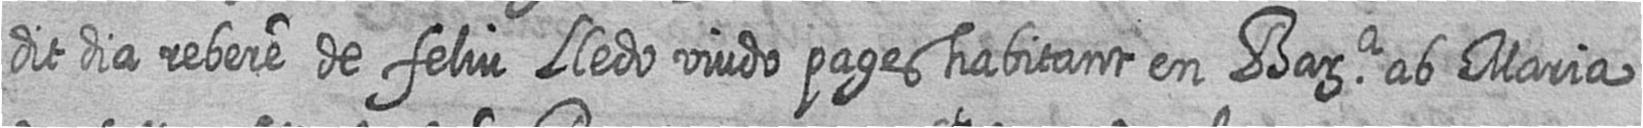
dit dia rebere de feliu Lledo viudo pages habitant en Bara ab Maria